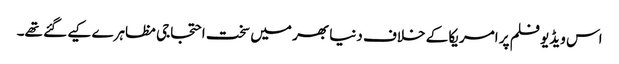
اس ویڈیو فلم پر امریکا کے خلاف دنیا بھر میں سخت احتجاجی مظاہرے کیے گئے تھے۔